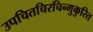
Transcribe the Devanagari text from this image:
उपचितचिरचिन्मुकुरित